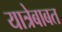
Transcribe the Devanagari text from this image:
यात्रेबाबत